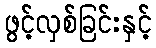
ဖွင့်လှစ်ခြင်းနှင့်